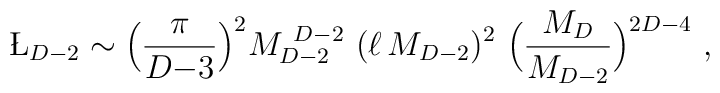
\L_{D-2}\sim \Big({\pi\over D{-}3}\Big)^2M_{D-2}^{~D-2}~(\ell\,M_{D-2})^2~\Big({M_D\over M_{D-2}}\Big)^{2D-4}~,